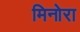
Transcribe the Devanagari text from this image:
मिनोरा